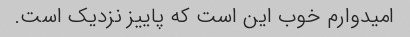
امیدوارم خوب این است که پاییز نزدیک است.